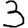
Digit: 3